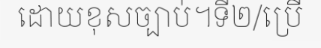
ដោយខុសច្បាប់។ទី២/ប្រើ